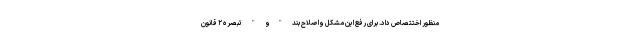
منظور اختتصاص داد. برای رفع این مشکل واصلاح بند "و " تبصره ۲ قانون